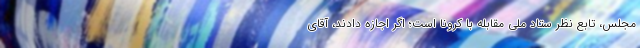
مجلس، تابع نظر ستاد ملی مقابله با کرونا است؛ اگر اجازه دادند، آقای